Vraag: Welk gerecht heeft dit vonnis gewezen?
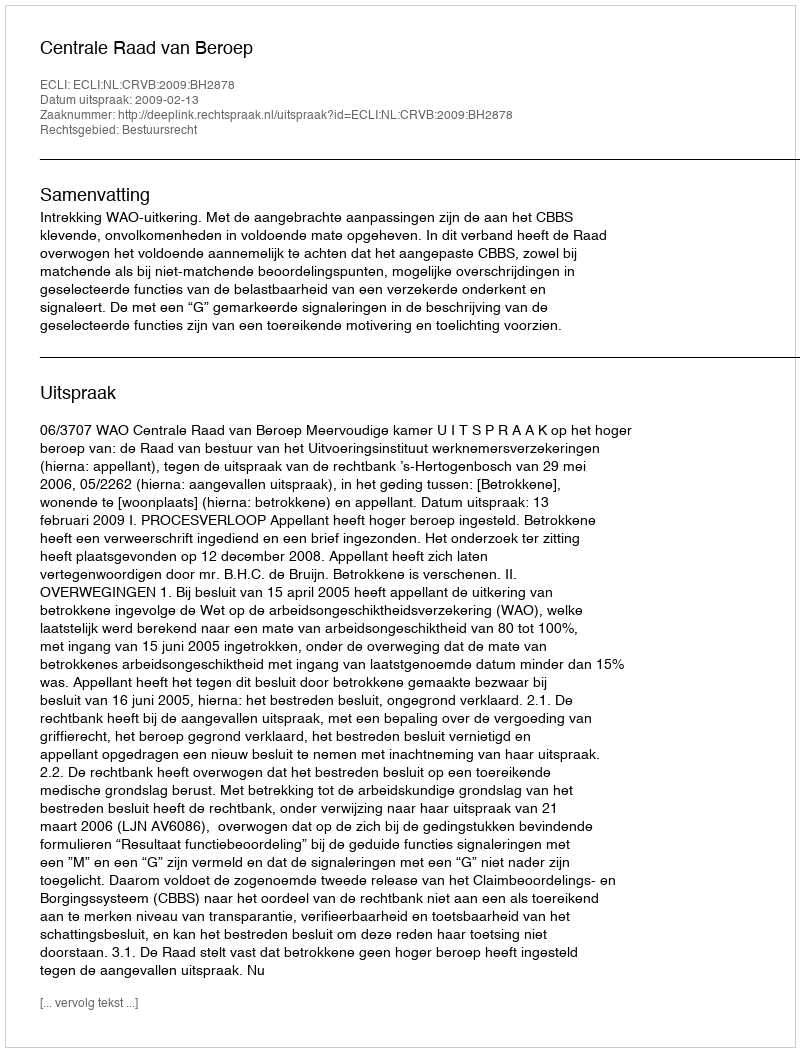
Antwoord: Centrale Raad van Beroep